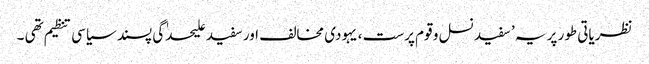
نظریاتی طور پر یہ ’ سفید نسل و قوم پرست ، یہودی مخالف اور سفید علیحدٰگی پسند سیاسی تنظیم تھی ۔